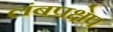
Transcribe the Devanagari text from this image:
लंबप्रक्षेप